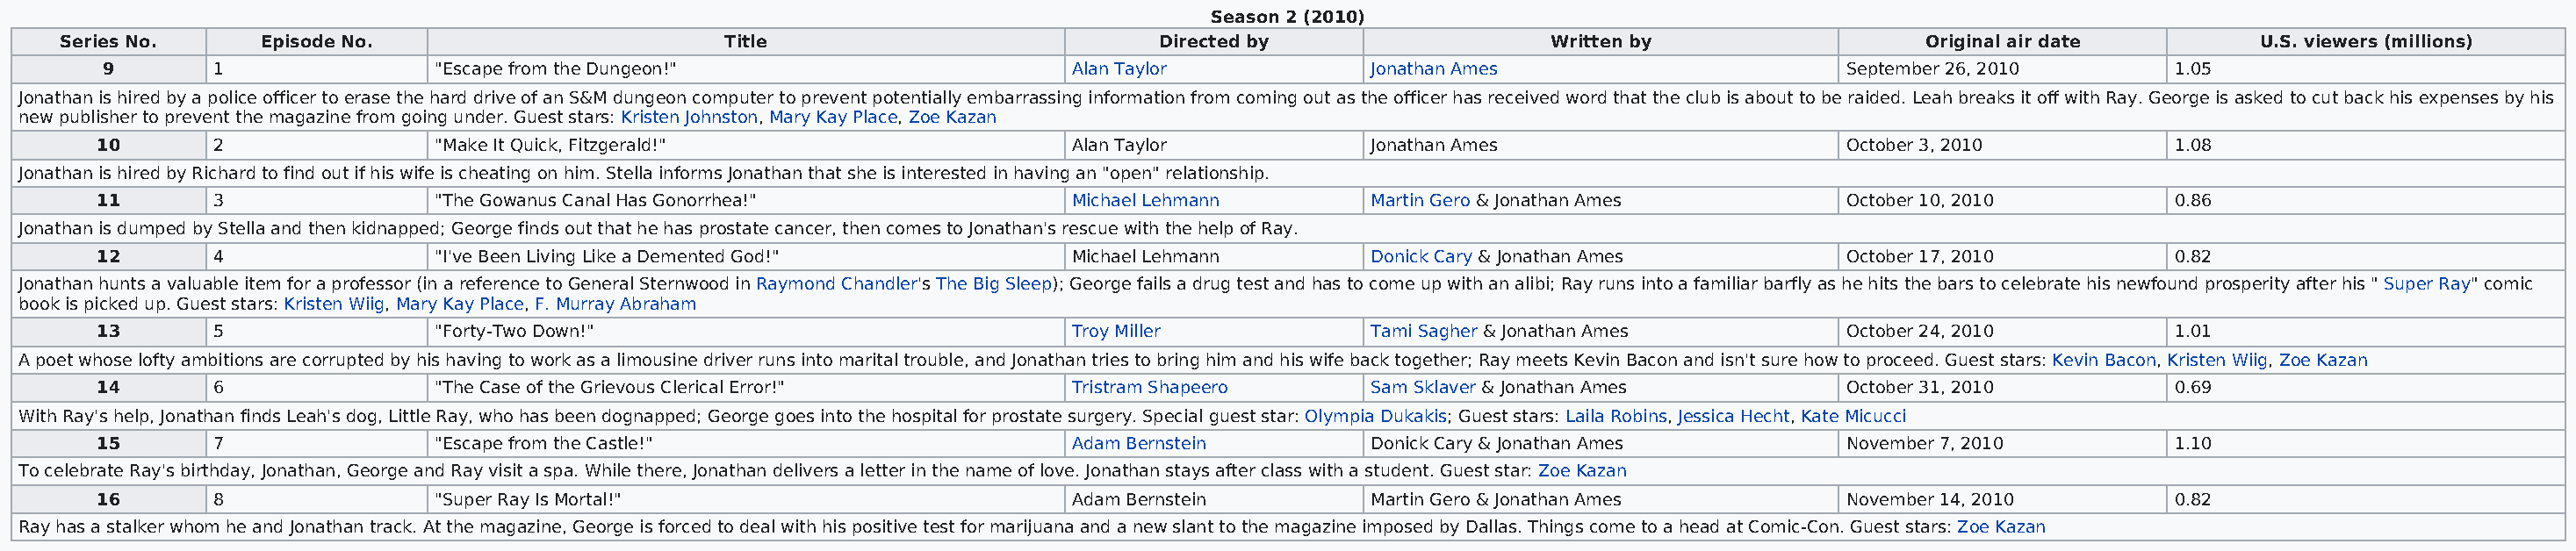
Season 2 (2010)
 Series No.     Episode No.                        Title                           Directed by                   Written by                  Original air date        U.S. viewers (millions)
 9       1                "Escape from the Dungeon!"                      Alan Taylor           Jonathan Ames                       September 26, 2010       1.05
 Jonathan is hired by a police officer to erase the hard drive of an S&M dungeon computer to prevent potentially embarrassing information from coming out as the officer has received word that the club is about to be raided. Leah breaks it off with Ray. George is asked to cut back his expenses by his
 new publisher to prevent the magazine from going under. Guest stars: Kristen Johnston, Mary Kay Place, Zoe Kazan
 10       2                "Make It Quick, Fitzgerald!"                    Alan Taylor           Jonathan Ames                       October 3, 2010          1.08
 Jonathan is hired by Richard to find out if his wife is cheating on him. Stella informs Jonathan that she is interested in having an "open" relationship.
 11       3                "The Gowanus Canal Has Gonorrhea!"              Michael Lehmann       Martin Gero & Jonathan Ames         October 10, 2010         0.86
 Jonathan is dumped by Stella and then kidnapped; George finds out that he has prostate cancer, then comes to Jonathan's rescue with the help of Ray.
 12       4                "I've Been Living Like a Demented God!"         Michael Lehmann       Donick Cary & Jonathan Ames         October 17, 2010         0.82
 Jonathan hunts a valuable item for a professor (in a reference to General Sternwood in Raymond Chandler's The Big Sleep); George fails a drug test and has to come up with an alibi; Ray runs into a familiar barfly as he hits the bars to celebrate his newfound prosperity after his " Super Ray" comic
 book is picked up. Guest stars: Kristen Wiig, Mary Kay Place, F. Murray Abraham
 13       5                "Forty-Two Down!"                               Troy Miller           Tami Sagher & Jonathan Ames         October 24, 2010         1.01
 A poet whose lofty ambitions are corrupted by his having to work as a limousine driver runs into marital trouble, and Jonathan tries to bring him and his wife back together; Ray meets Kevin Bacon and isn't sure how to proceed. Guest stars: Kevin Bacon, Kristen Wiig, Zoe Kazan
 14       6                "The Case of the Grievous Clerical Error!"      Tristram Shapeero     Sam Sklaver & Jonathan Ames         October 31, 2010         0.69
 With Ray's help, Jonathan finds Leah's dog, Little Ray, who has been dognapped; George goes into the hospital for prostate surgery. Special guest star: Olympia Dukakis; Guest stars: Laila Robins, Jessica Hecht, Kate Micucci
 15       7                "Escape from the Castle!"                       Adam Bernstein        Donick Cary & Jonathan Ames         November 7, 2010         1.10
 To celebrate Ray's birthday, Jonathan, George and Ray visit a spa. While there, Jonathan delivers a letter in the name of love. Jonathan stays after class with a student. Guest star: Zoe Kazan
 16       8                "Super Ray Is Mortal!"                          Adam Bernstein        Martin Gero & Jonathan Ames         November 14, 2010        0.82
 Ray has a stalker whom he and Jonathan track. At the magazine, George is forced to deal with his positive test for marijuana and a new slant to the magazine imposed by Dallas. Things come to a head at Comic-Con. Guest stars: Zoe Kazan